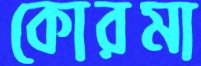
কোরমা